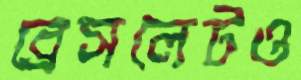
ব্রেসলেটও